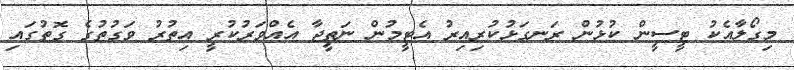
މިގޯލާއެކު ޓީސީން ކުޅުން ރަނގަޅުކުރިއިރު އެޓީމުން ނަތީޖާ އެއްވަރުކުރީ އިތުރު ވަގުތުގެ ގޮތުގައި